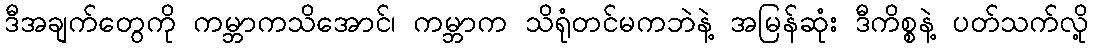
ဒီအချက်တွေကို ကမ္ဘာကသိအောင်၊ ကမ္ဘာက သိရုံတင်မကဘဲနဲ့ အမြန်ဆုံး ဒီကိစ္စနဲ့ ပတ်သက်လို့